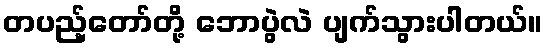
တပည့်တော်တို့ ဘောပွဲလဲ ပျက်သွားပါတယ်။